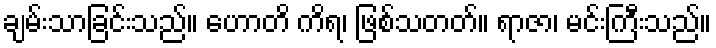
ချမ်းသာခြင်းသည်။ ဟောတိ ကိရ၊ ဖြစ်သတတ်။ ရာဇာ၊ မင်းကြီးသည်။